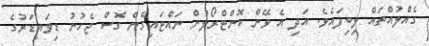
ގެއްލުއްތައް ލިބިފައެވެ. އަދި އެ ވޭން ކޮންޓްރޯލުން ނައްޓައިގެން ގޮސް ޖެހުނު ޑިވައިޑަރުގެ